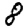
Digit: 8